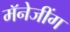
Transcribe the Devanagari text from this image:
मॅनेजींग